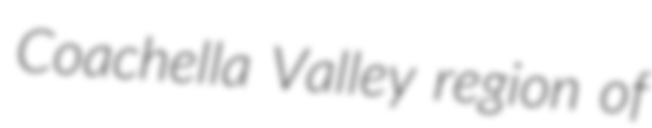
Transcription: Coachella Valley region of